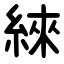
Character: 䋱